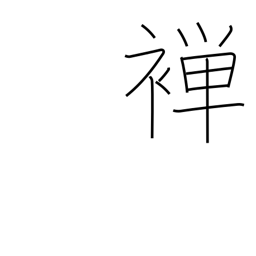
Meaning: thin kimono